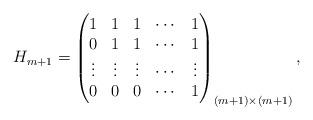
LaTeX: \begin{align*}H_{m+1}=\begin{pmatrix}1&1&1&\cdots&1\\ 0&1&1&\cdots&1\\ \vdots&\vdots&\vdots&\cdots&\vdots\\ 0&0&0&\cdots&1\end{pmatrix}_{(m+1)\times (m+1)},\end{align*}